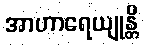
အာဟာရေယျုန္တိ